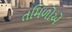
તમિળોએ